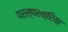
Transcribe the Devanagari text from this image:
परस्परक्रिया